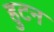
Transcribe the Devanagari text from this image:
हुटन